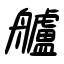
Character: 艫